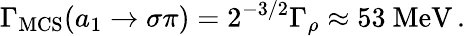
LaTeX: \Gamma_{\mathrm{MCS}}(a_{1}\rightarrow\sigma\pi)=2^{-3/2}\Gamma_{\rho}\approx 53\ \mathrm{MeV}\, .